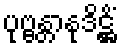
ပုဗ္ဗန္တာနုဒိဋ္ဌိံ